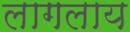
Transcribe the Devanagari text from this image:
लागलाय